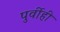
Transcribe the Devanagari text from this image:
पुर्वीही